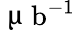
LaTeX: \mathrm{~\textmu~}\mathrm{{b}^{-1}}